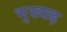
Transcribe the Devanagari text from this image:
भुख्ख्ड़